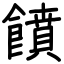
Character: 饙